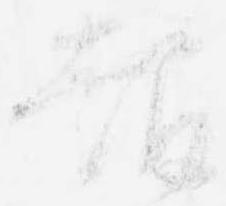
報